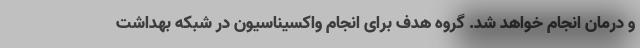
و درمان انجام خواهد شد. گروه هدف برای انجام واکسیناسیون در شبکه بهداشت